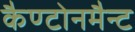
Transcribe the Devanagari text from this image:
कैण्टोनमैन्ट